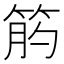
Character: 𥭖